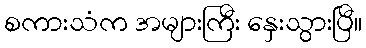
စကားသံက အများကြီး နှေးသွားပြီ။